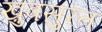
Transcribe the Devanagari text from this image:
ख़ुबसुरत